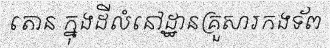
តោន ក្នុងដីលំនៅដ្ឋានគ្រួសារកងទ័ព